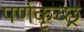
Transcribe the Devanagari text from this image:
पर्णकृच्छ्र